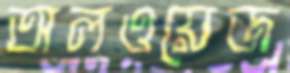
অলওয়েজ